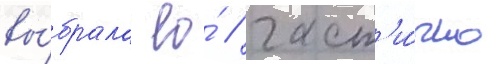
вы́брала ео́ / част'и́чно